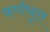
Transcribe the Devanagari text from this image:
कर्णभूल